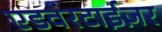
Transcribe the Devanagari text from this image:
एडवरटाईज़र